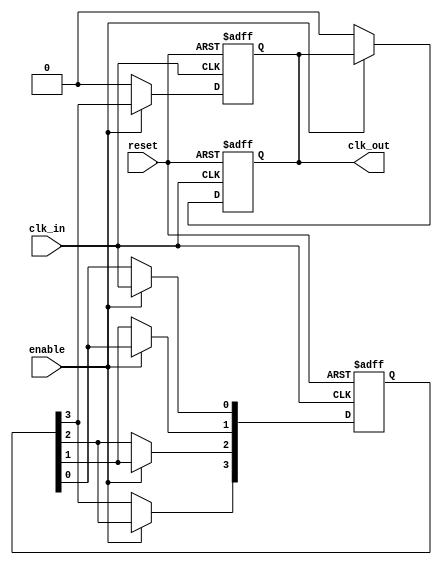
module skew_optimized_clock_buffer (
    input wire clk_in,        // Input clock signal
    output reg clk_out,      // Buffered output clock signal
    input wire enable,       // Enable signal for the clock buffer
    input wire reset         // Asynchronous reset signal
);

    // Parameters for delay tuning
    parameter DELAY_STAGES = 4; // Number of delay stages
    parameter DELAY_UNIT = 1;    // Delay unit (can be adjusted based on technology)

    // Internal signals
    reg [DELAY_STAGES-1:0] delay_line; // Delay line for skew optimization
    reg [DELAY_STAGES-1:0] clk_buffer;  // Buffered clock stages
    integer i;

    // Asynchronous reset and enable logic
    always @(posedge clk_in or posedge reset) begin
        if (reset) begin
            clk_out <= 1'b0; // Reset output clock
            delay_line <= 0;  // Reset delay line
        end else if (enable) begin
            // Shift the clock signal through the delay line
            delay_line[0] <= clk_in; // First stage
            for (i = 1; i < DELAY_STAGES; i = i + 1) begin
                delay_line[i] <= delay_line[i-1]; // Shift register behavior
            end
            clk_out <= delay_line[DELAY_STAGES-1]; // Output the last stage
        end else begin
            clk_out <= 1'b0; // Disable output clock when not enabled
        end
    end

    // Clock gating for power management
    always @(posedge clk_in or posedge reset) begin
        if (reset) begin
            clk_out <= 1'b0; // Reset output clock
        end else if (!enable) begin
            clk_out <= 1'b0; // Disable clock output
        end
    end

endmodule